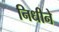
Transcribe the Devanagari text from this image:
निधीने